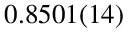
0 . 8 5 0 1 ( 1 4 )